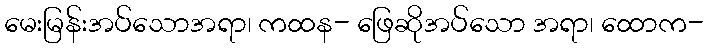
မေးမြန်းအပ်သောအရာ၊ ကထန- ဖြေဆိုအပ်သော အရာ၊ ထောက-